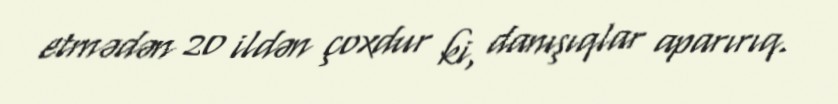
etmədən 20 ildən çoxdur ki, danışıqlar aparırıq.